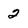
Character: 2